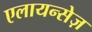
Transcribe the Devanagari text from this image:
एलायन्सेज़